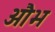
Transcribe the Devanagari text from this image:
औभ